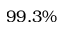
9 9 . 3 \%